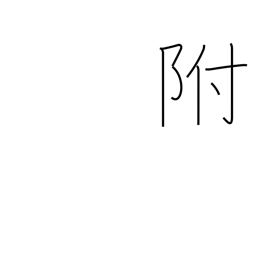
Meaning: affixed